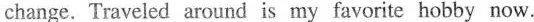
change. Traveled around is my favorite hobby now.